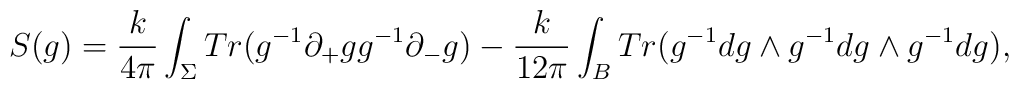
S(g)=\frac{k}{4\pi}\int_\Sigma Tr(g^{-1}\partial_+gg^{-1}\partial_-g)-\frac{k}{12\pi}\int_B Tr(g^{-1}dg\wedge g^{-1}dg\wedge g^{-1}dg),